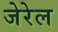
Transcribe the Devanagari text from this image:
जेरेल